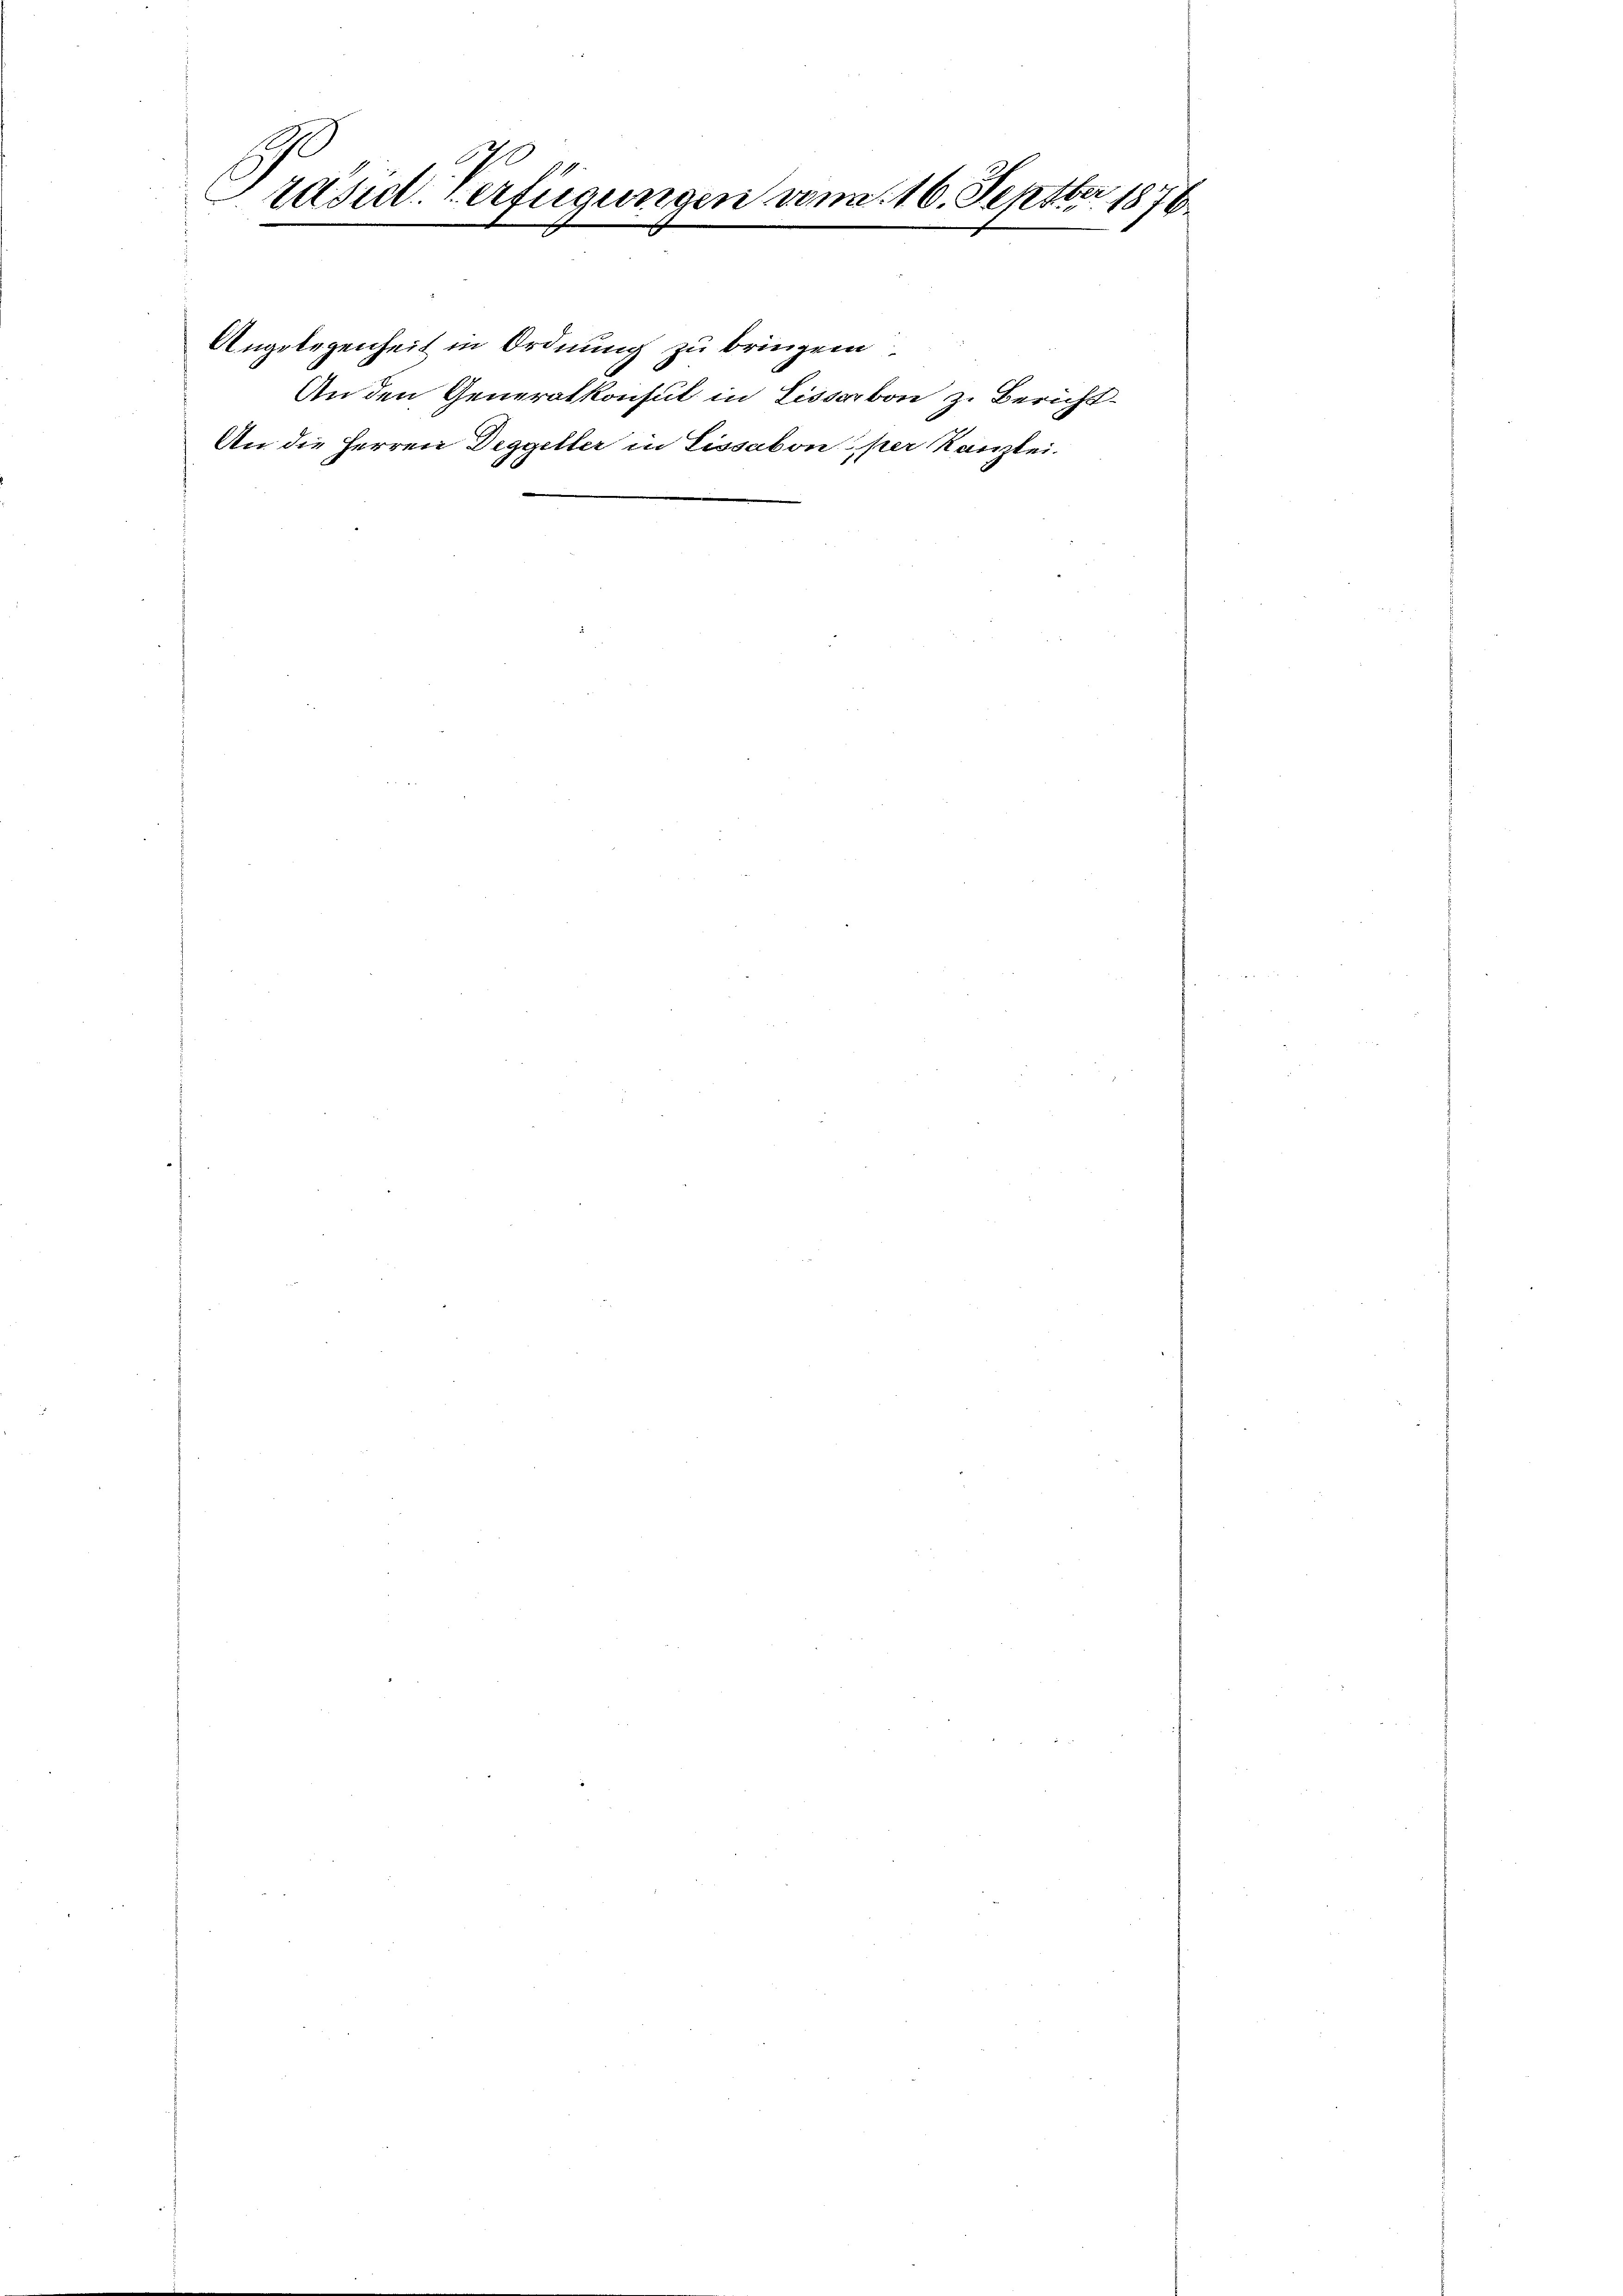
Präsid. Verfügungen vom 16. Septbr 1876.

An den Generalkonsul in Lissabon z. Bericht-
An die Herren Degger
in Lissabon per Kanzlei.
ter

Angelegenheit in Ordnung zu bringen